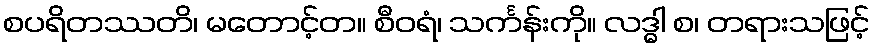
စပရိတဿတိ၊ မတောင့်တ။ စီဝရံ၊ သင်္ကန်းကို။ လဒ္ဓါ စ၊ တရားသဖြင့်